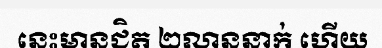
នេះមានជិត ២លាននាក់ ហើយ